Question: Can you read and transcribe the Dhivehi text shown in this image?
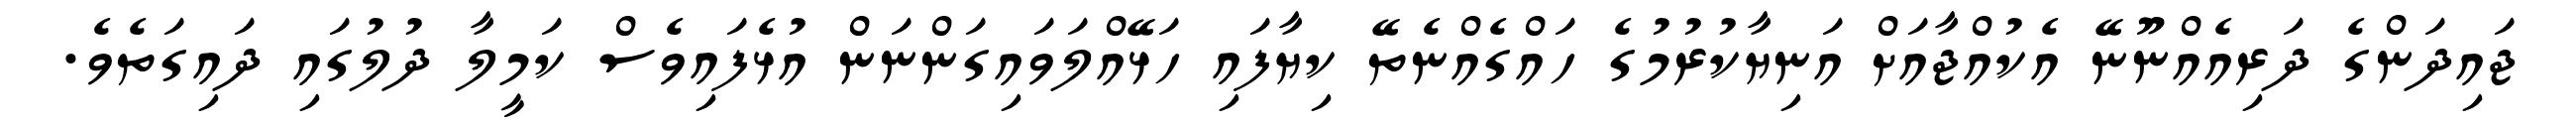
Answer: ޖައިދަންގެ ދަރިއެއްނޫނޭ އެކުއްޖާއަށް އަނިޔާކުރުމުގެ ހައްގެއްނެތޭ ކިޔާފައި ހަޅޭއްލަވައިގަންނަން އުޅެފައިވެސް ކަމީލާ ދުލުގައި ދައިގަތެވެ.